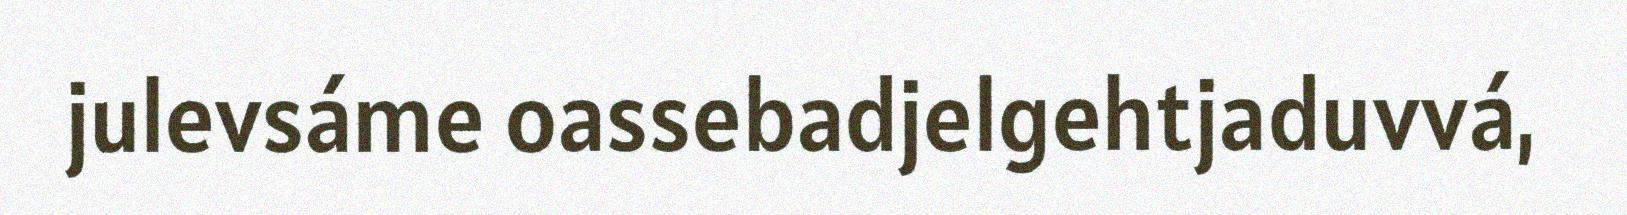
julevsáme oassebadjelgehtjaduvvá,